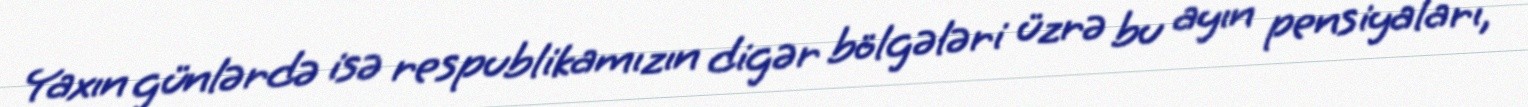
Yaxın günlərdə isə respublikamızın digər bölgələri üzrə bu ayın pensiyaları,